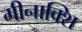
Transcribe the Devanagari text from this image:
मीनाक्शि